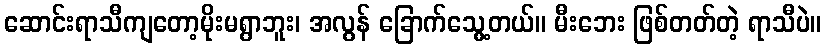
ဆောင်းရာသီကျတော့မိုးမရွာဘူး၊ အလွန် ခြောက်သွေ့တယ်။ မီးဘေး ဖြစ်တတ်တဲ့ ရာသီပဲ။